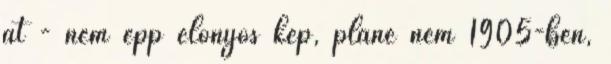
át - nem épp előnyös kép, pláne nem 1905-ben,